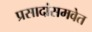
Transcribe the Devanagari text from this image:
प्रसादांसमवेत